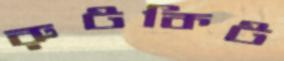
রুটকিট